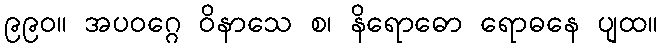
၉၉၀။ အပဝဂ္ဂေ ဝိနာသေ စ၊ နိရောဓော ရောဓနေ ပျထ။